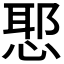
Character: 𭝤